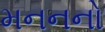
મનનનો